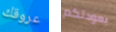
عروقك بعودتكم